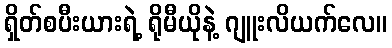
ရှိတ်စပီးယားရဲ့ ရိုမီယိုနဲ့ ဂျူးလိယက်လေ။